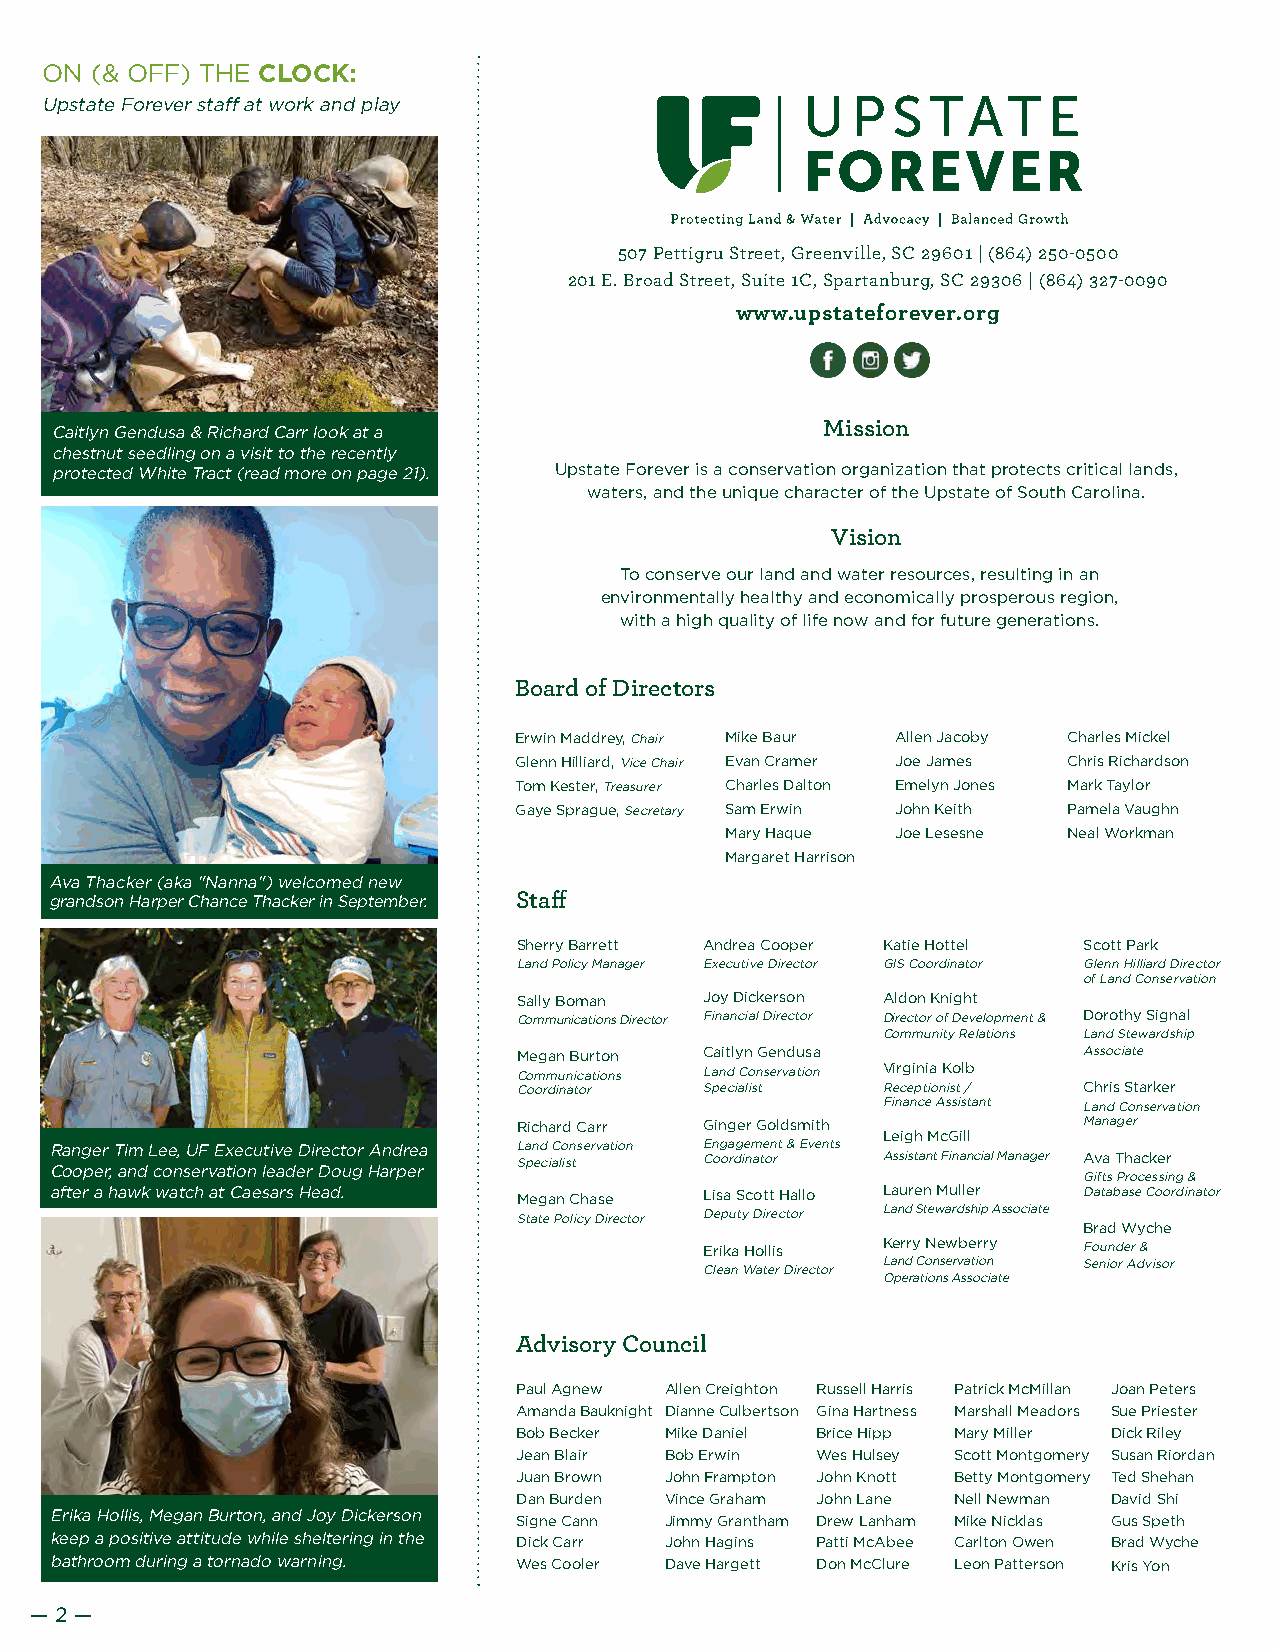
ON (& OFF) THE CLOCK:
 Upstate Forever staff at work and play
 507 Pettigru Street, Greenville, SC 29601 | (864) 250-0500
 201 E. Broad Street, Suite 1C, Spartanburg, SC 29306 | (864) 327-0090
 www.upstateforever.org
 Caitlyn Gendusa & Richard Carr look at a            Mission
 chestnut seedling on a visit to the recently
 protected White Tract (read more on page 21). Upstate Forever is a conservation organization that protects critical lands,
 waters, and the unique character of the Upstate of South Carolina.
 Vision
 To conserve our land and water resources, resulting in an
 environmentally healthy and economically prosperous region,
 with a high quality of life now and for future generations.
 Board of Directors
 Erwin Maddrey, Chair Mike Baur Allen Jacoby Charles Mickel
 Glenn Hilliard, Vice Chair Evan Cramer Joe James Chris Richardson
 Tom Kester, Treasurer Charles Dalton Emelyn Jones Mark Taylor
 Gaye Sprague, Secretary Sam Erwin John Keith Pamela Vaughn
 Mary Haque Joe Lesesne Neal Workman
 Margaret Harrison
 Ava Thacker (aka "Nanna") welcomed new
 grandson Harper Chance Thacker in September. Staff
 Sherry Barrett Andrea Cooper Katie Hottel Scott Park
 Land Policy Manager Executive Director GIS Coordinator Glenn Hilliard Director
 of Land Conservation
 Sally Boman  Joy Dickerson Aldon Knight
 Communications Director Financial Director Director of Development & Dorothy Signal
 Community Relations Land Stewardship
 Megan Burton Caitlyn Gendusa          Associate
 Communications Land Conservation Virginia Kolb
 Coordinator  Specialist Receptionist / Chris Starker
 Finance Assistant Land Conservation
 Richard Carr Ginger Goldsmith         Manager
 Leigh McGill
 Ranger Tim Lee, UF Executive Director Andrea Land Conservation Engagement & Events
 Specialist   Coordinator Assistant Financial Manager Ava Thacker
 Cooper, and conservation leader Doug Harper
 Gifts Processing &
 after a hawk watch at Caesars Head. Megan Chase Lisa Scott Hallo Lauren Muller Database Coordinator
 State Policy Director Deputy Director Land Stewardship Associate
 Brad Wyche
 Erika Hollis Kerry Newberry Founder &
 Clean Water Director Land Conservation Senior Advisor
 Operations Associate
 Advisory Council
 Paul Agnew Allen Creighton Russell Harris Patrick McMillan Joan Peters
 Amanda Bauknight Dianne Culbertson Gina Hartness Marshall Meadors Sue Priester
 Bob Becker Mike Daniel Brice Hipp Mary Miller Dick Riley
 Jean Blair Bob Erwin Wes Hulsey Scott Montgomery Susan Riordan
 Juan Brown John Frampton John Knott Betty Montgomery Ted Shehan
 Dan Burden Vince Graham John Lane Nell Newman David Shi
 Erika Hollis, Megan Burton, and Joy Dickerson Signe Cann Jimmy Grantham Drew Lanham Mike Nicklas Gus Speth
 keep a positive attitude while sheltering in the Dick Carr John Hagins Patti McAbee Carlton Owen Brad Wyche
 bathroom during a tornado warning. Wes Cooler Dave Hargett Don McClure Leon Patterson Kris Yon
 — 2 —